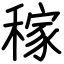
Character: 稼